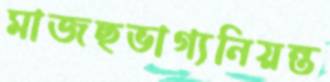
মাজছভাগ্যনিয়ন্ত